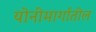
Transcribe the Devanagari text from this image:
योनीमार्गातील